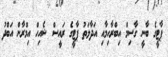
ޕާޓީގެ ބާނީ ގާސިމް އިބްރާހިމާއި އަދާލަތު ޕާޓީގެ ރައީސް ޝެއިހް އިމްރާން އަބްދު